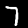
Digit: 7